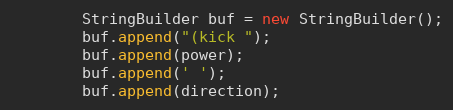
Language: Java
        StringBuilder buf = new StringBuilder();
        buf.append("(kick ");
        buf.append(power);
        buf.append(' ');
        buf.append(direction);